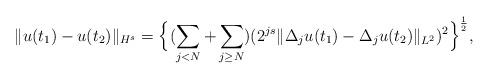
LaTeX: \begin{align*}\|u(t_{1})-u(t_{2})\|_{H^{s}}=\Big\{(\sum_{j<N}+ \sum_{j\geq N})(2^{js}\|\Delta_{j}u(t_{1})-\Delta_{j}u(t_{2})\|_{L^{2}})^{2}\Big\}^{\frac{1}{2}},\end{align*}